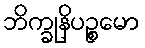
ဘိက္ခုနိပဉ္စမော